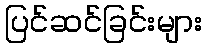
ပြင်ဆင်ခြင်းများ